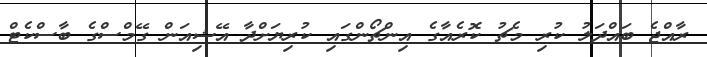
ރާއްޖެ ބައްދަލު ކުރި މެޗު ކޮރެއާގެ އިންޗޯންގައި ކުރިޔަށްދާ އޭޝިއަން ގޭމްސްގެ ބާސްކެޓް